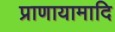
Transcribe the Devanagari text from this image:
प्राणायामादि